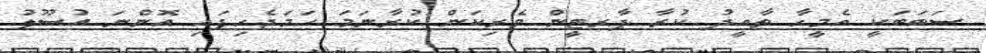
ސަބަބަކީ އެމީހާ ތާއީދު ކުރާ ޕާރޓީން ވެރިކަން ކުރާނަމަ ހަމަޖެހިފައި އޮންނަ އުސޫލު